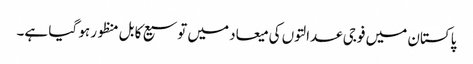
پاکستان میں فوجی عدالتوں کی میعاد میں توسیع کا بل منظور ہو گیا ہے۔